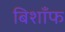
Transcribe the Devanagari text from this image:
बिशाँफ